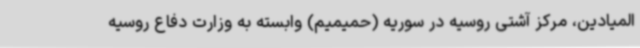
المیادین، مرکز آشتی روسیه در سوریه (حمیمیم) وابسته به وزارت دفاع روسیه